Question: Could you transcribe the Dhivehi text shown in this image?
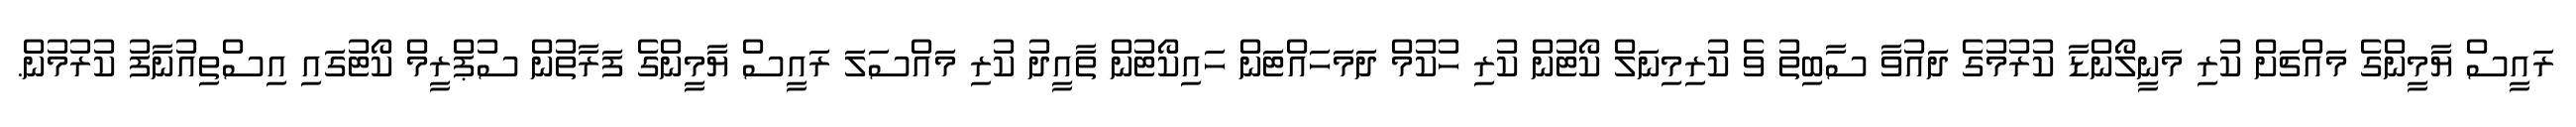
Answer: ރައީސް ޔާމީންގެ މައްޗަށް ކުރި މަނީލޯންޑާ ކުރުމުގެ ދައުވާ ސާބިތު ވެ ކުރިމިނަލް ކޯޓުން ކުރި ހުކުމް ދަމަހައްޓަން ހައިކޯޓުން ތާއީދު ކުރި މައްސަލަ ރައީސް ޔާމީންގެ ފަރާތުން ސުޕްރީމް ކޯޓުގައި އިސްތިއުނާފު ކުރުމުން.